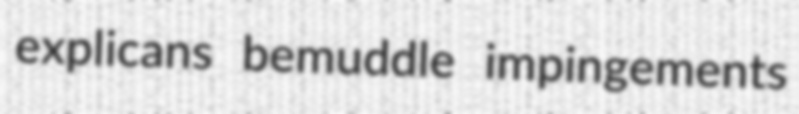
explicans bemuddle impingements